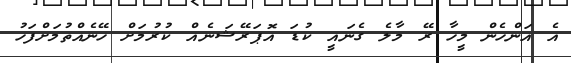
އެ އަންހެން މީހާ ރޭ މާލެ ގެނައީ ކުޑަ އޮޕަރޭޝަނެއް ކުރުމަށް ހޭނެއްތުމަށްފަހު